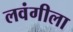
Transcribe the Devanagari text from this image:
लवंगीला